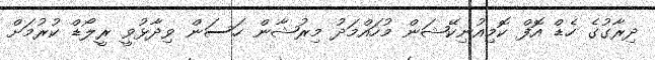
ދިރާގުގެ ހެޑް އޮފް ކޮމިއުނިކޭޝަން މުހައްމަދު މިރުޝާން ހަސަން ވިދާޅުވީ ރީލޯޑް ކުރުމަށް